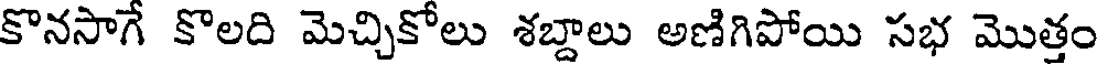
కొనసాగే కొలది మెచ్చికోలు శబ్దాలు అణిగిపోయి సభ మొత్తం